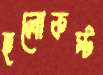
হলোকস্ট